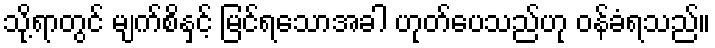
သို့ရာတွင် မျက်စိနှင့် မြင်ရသောအခါ ဟုတ်ပေသည်ဟု ဝန်ခံရသည်။